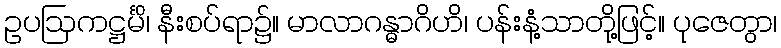
ဥပဩကဋ္ဌင်္မိ၊ နီးစပ်ရာ၌။ မာလာဂန္ဓာဂိဟိ၊ ပန်းနံ့သာတို့ဖြင့်။ ပုဇေတွာ၊